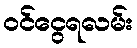
ဝင်ငွေရလမ်း